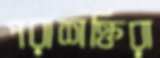
পরাশক্তিরা